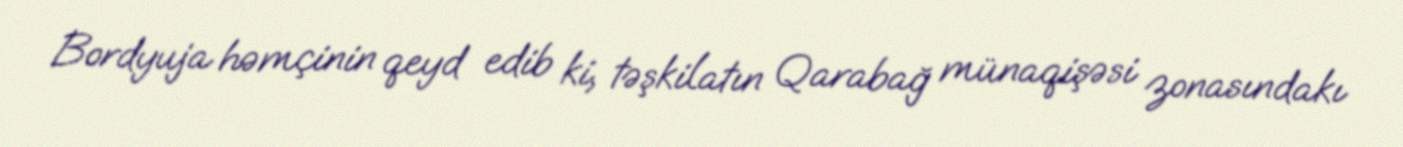
Bordyuja həmçinin qeyd edib ki, təşkilatın Qarabağ münaqişəsi zonasındakı